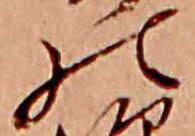
の